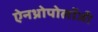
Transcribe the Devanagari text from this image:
ऐनथ्रोपोलॉजी